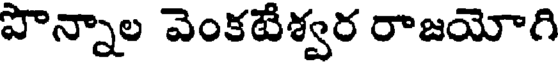
పొన్నాల వెంకటేశ్వర రాజయోగి